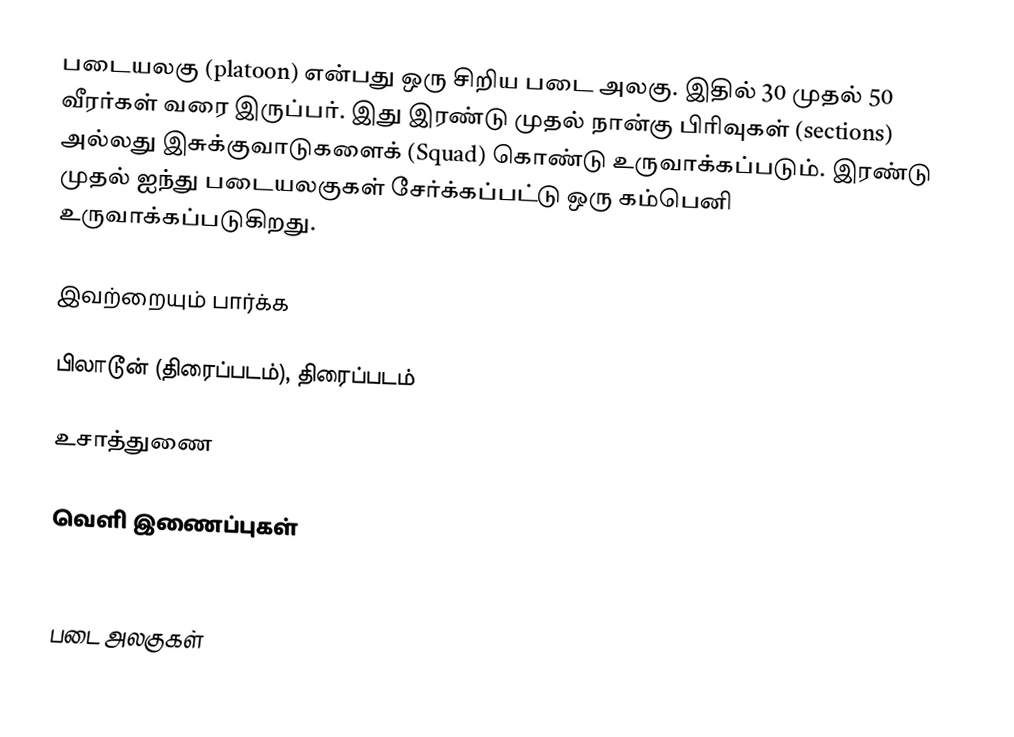
படையலகு (platoon) என்பது ஒரு சிறிய படை அலகு. இதில் 30 முதல் 50 வீரர்கள் வரை இருப்பர். இது இரண்டு முதல் நான்கு பிரிவுகள் (sections) அல்லது இசுக்குவாடுகளைக் (Squad) கொண்டு உருவாக்கப்படும். இரண்டு முதல் ஐந்து படையலகுகள் சேர்க்கப்பட்டு ஒரு கம்பெனி உருவாக்கப்படுகிறது.

இவற்றையும் பார்க்க

 பிலாடூன் (திரைப்படம்), திரைப்படம்

உசாத்துணை

வெளி இணைப்புகள்

படை அலகுகள்